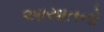
આયાતનો